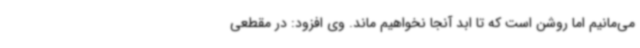
می‌مانیم اما روشن است که تا ابد آنجا نخواهیم ماند. وی افزود: در مقطعی